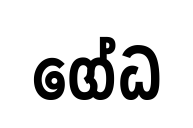
ගේධ